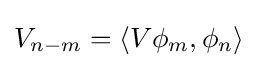
V_{n-m}=\langle V\phi _{m},\phi _{n}\rangle